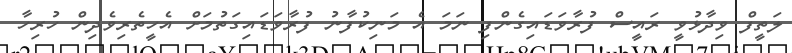
ލަތީފް ވިދާޅުވީ ރައީސް ފުރާވަޑައިގެންފި ނަމަ އެ މަނިކުފާނު ފުރާވަޑައިގަތުމަށް އެހީތެރިވެދިން ހުރިހާ